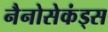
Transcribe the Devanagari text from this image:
नैनोसेकंड्स